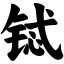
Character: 铽